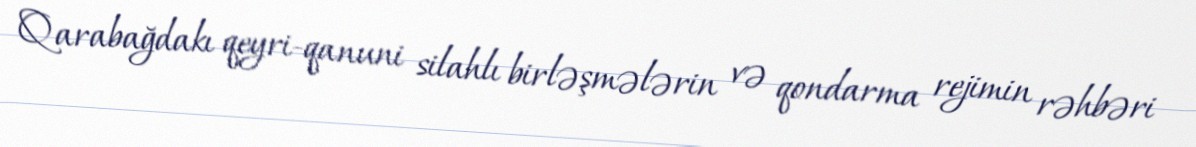
Qarabağdakı qeyri-qanuni silahlı birləşmələrin və qondarma rejimin rəhbəri